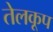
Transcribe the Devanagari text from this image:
तेलकूप